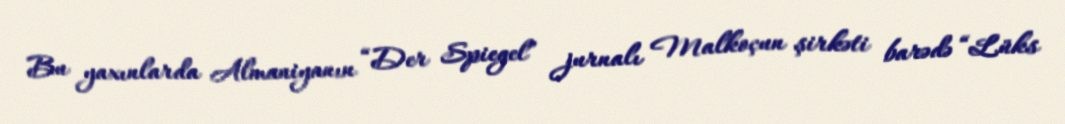
Bu yaxınlarda Almaniyanın “Der Spiegel” jurnalı Malkoçun şirkəti barədə “Lüks